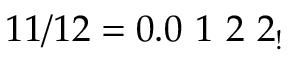
1 1 / 1 2 = 0 . 0 \ 1 \ 2 \ 2 _ { ! }